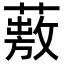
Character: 𦽠